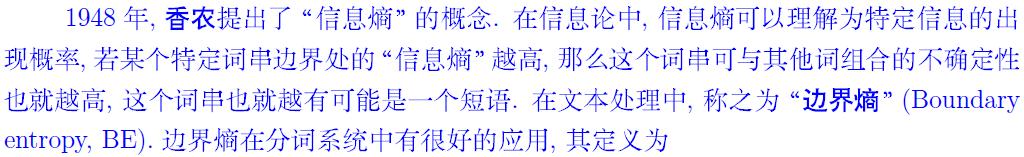
1948 年, 香农提出了 “信息熵” 的概念. 在信息论中, 信息熵可以理解为特定信息的出现概率, 若某个特定词串边界处的 “信息熵” 越高, 那么这个词串可与其他词组合的不确定性也就越高, 这个词串也就越有可能是一个短语. 在文本处理中, 称之为 “边界熵” (Boundary entropy, BE). 边界熵在分词系统中有很好的应用, 其定义为